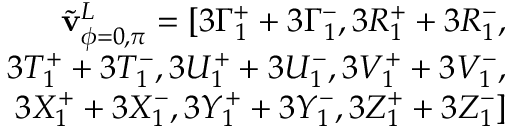
\begin{array} { r } { \Tilde { \mathbf { v } } _ { \phi = 0 , \pi } ^ { L } = [ 3 \Gamma _ { 1 } ^ { + } + 3 \Gamma _ { 1 } ^ { - } , 3 R _ { 1 } ^ { + } + 3 R _ { 1 } ^ { - } , } \\ { 3 T _ { 1 } ^ { + } + 3 T _ { 1 } ^ { - } , 3 U _ { 1 } ^ { + } + 3 U _ { 1 } ^ { - } , 3 V _ { 1 } ^ { + } + 3 V _ { 1 } ^ { - } , } \\ { 3 X _ { 1 } ^ { + } + 3 X _ { 1 } ^ { - } , 3 Y _ { 1 } ^ { + } + 3 Y _ { 1 } ^ { - } , 3 Z _ { 1 } ^ { + } + 3 Z _ { 1 } ^ { - } ] } \end{array}